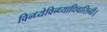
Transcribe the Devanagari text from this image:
विन्ध्येविन्ध्याधिवासिनी।